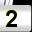
Digit: 2